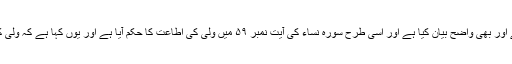
سورہ مائدہ کی آیت نمبر ۳ نے اسے اور بھی واضح بیان کیا ہے اور اسی طرح سورہ نساء کی آیت نمبر ۵۹ میں ولی کی اطاعت کا حکم آیا ہے اور یوں کہا ہے کہ ولی کی اطاعت یعنی خدا کی اطاعت ہے۔